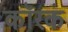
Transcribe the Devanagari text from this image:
कॉरक